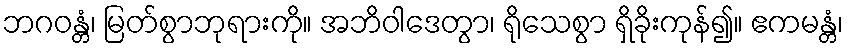
ဘဂဝန္တံ၊ မြတ်စွာဘုရားကို။ အဘိဝါဒေတွာ၊ ရိုသေစွာ ရှိခိုးကုန်၍။ ဧကမန္တံ၊